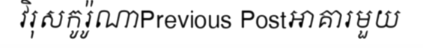
វិរុសកូរ៉ូណាPrevious Postអាគារមួយ